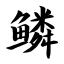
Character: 鳞